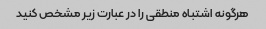
هرگونه اشتباه منطقی را در عبارت زیر مشخص کنید